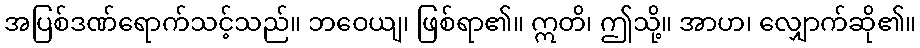
အပြစ်ဒဏ်ရောက်သင့်သည်။ ဘဝေယျ၊ ဖြစ်ရာ၏။ ဣတိ၊ ဤသို့။ အာဟ၊ လျှောက်ဆို၏။